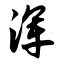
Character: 浑